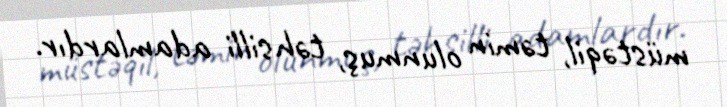
müstəqil, təmin olunmuş, təhsilli adamlardır.